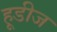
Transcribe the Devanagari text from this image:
हूडीज